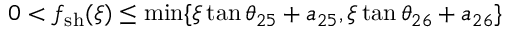
0 < f _ { \mathrm { { s h } } } ( \xi ) \leq \operatorname* { m i n } \{ \xi \tan \theta _ { 2 5 } + a _ { 2 5 } , \xi \tan \theta _ { 2 6 } + a _ { 2 6 } \}